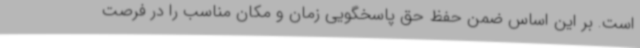
است. بر این اساس ضمن حفظ حق پاسخگویی زمان و مکان مناسب را در فرصت